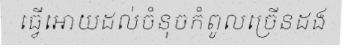
ធ្វើអោយដល់ចំនុចកំពូលច្រើនដង